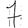
Digit: 7